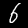
Label: 6